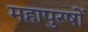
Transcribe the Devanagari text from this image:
महापुरषों